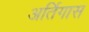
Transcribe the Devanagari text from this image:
अर्तिगास